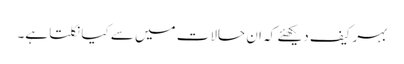
بہرکیف دیکھئے کہ ان حالات میں سے کیا نکلتا ہے۔